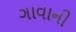
ગાવાની